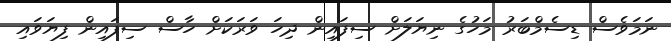
ނަމަވެސް ޑިސެމްބަރު މަހުގެ ނިޔަލަށް ސިފައިން ދިހަ ވަރަކަށް ހާސް ސިފައިން ފިޔަވައި